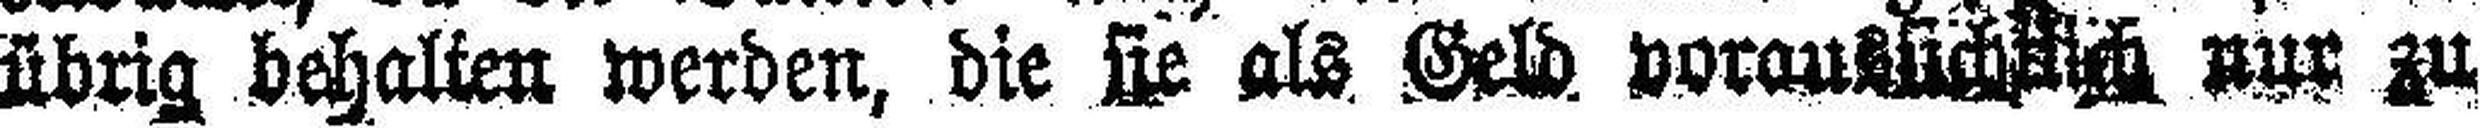
übrig behalten werden, die sie als Geld. vorau### nur zu